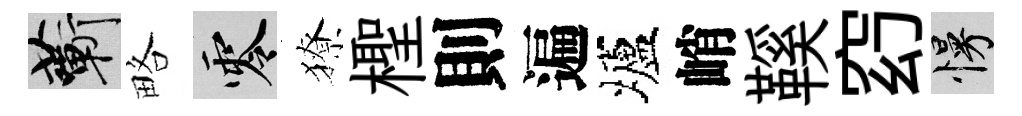
蔪略零獠檉則遍壚峭鞵𥥆慢